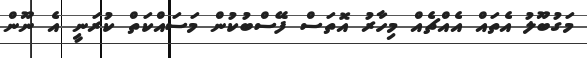
މަގުބޫލު އެތައް އެއްޗެއް މިހާރު އޮތަސް ފޭސްބުކުން މަސައްކަތް ކުރަނީ އެ ނޫން